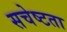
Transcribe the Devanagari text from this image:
सचेष्टता